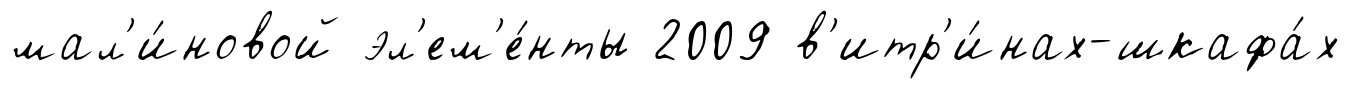
мал'и́новой эл'ем'е́нты 2009 в'итр'и́нах-шкафа́х